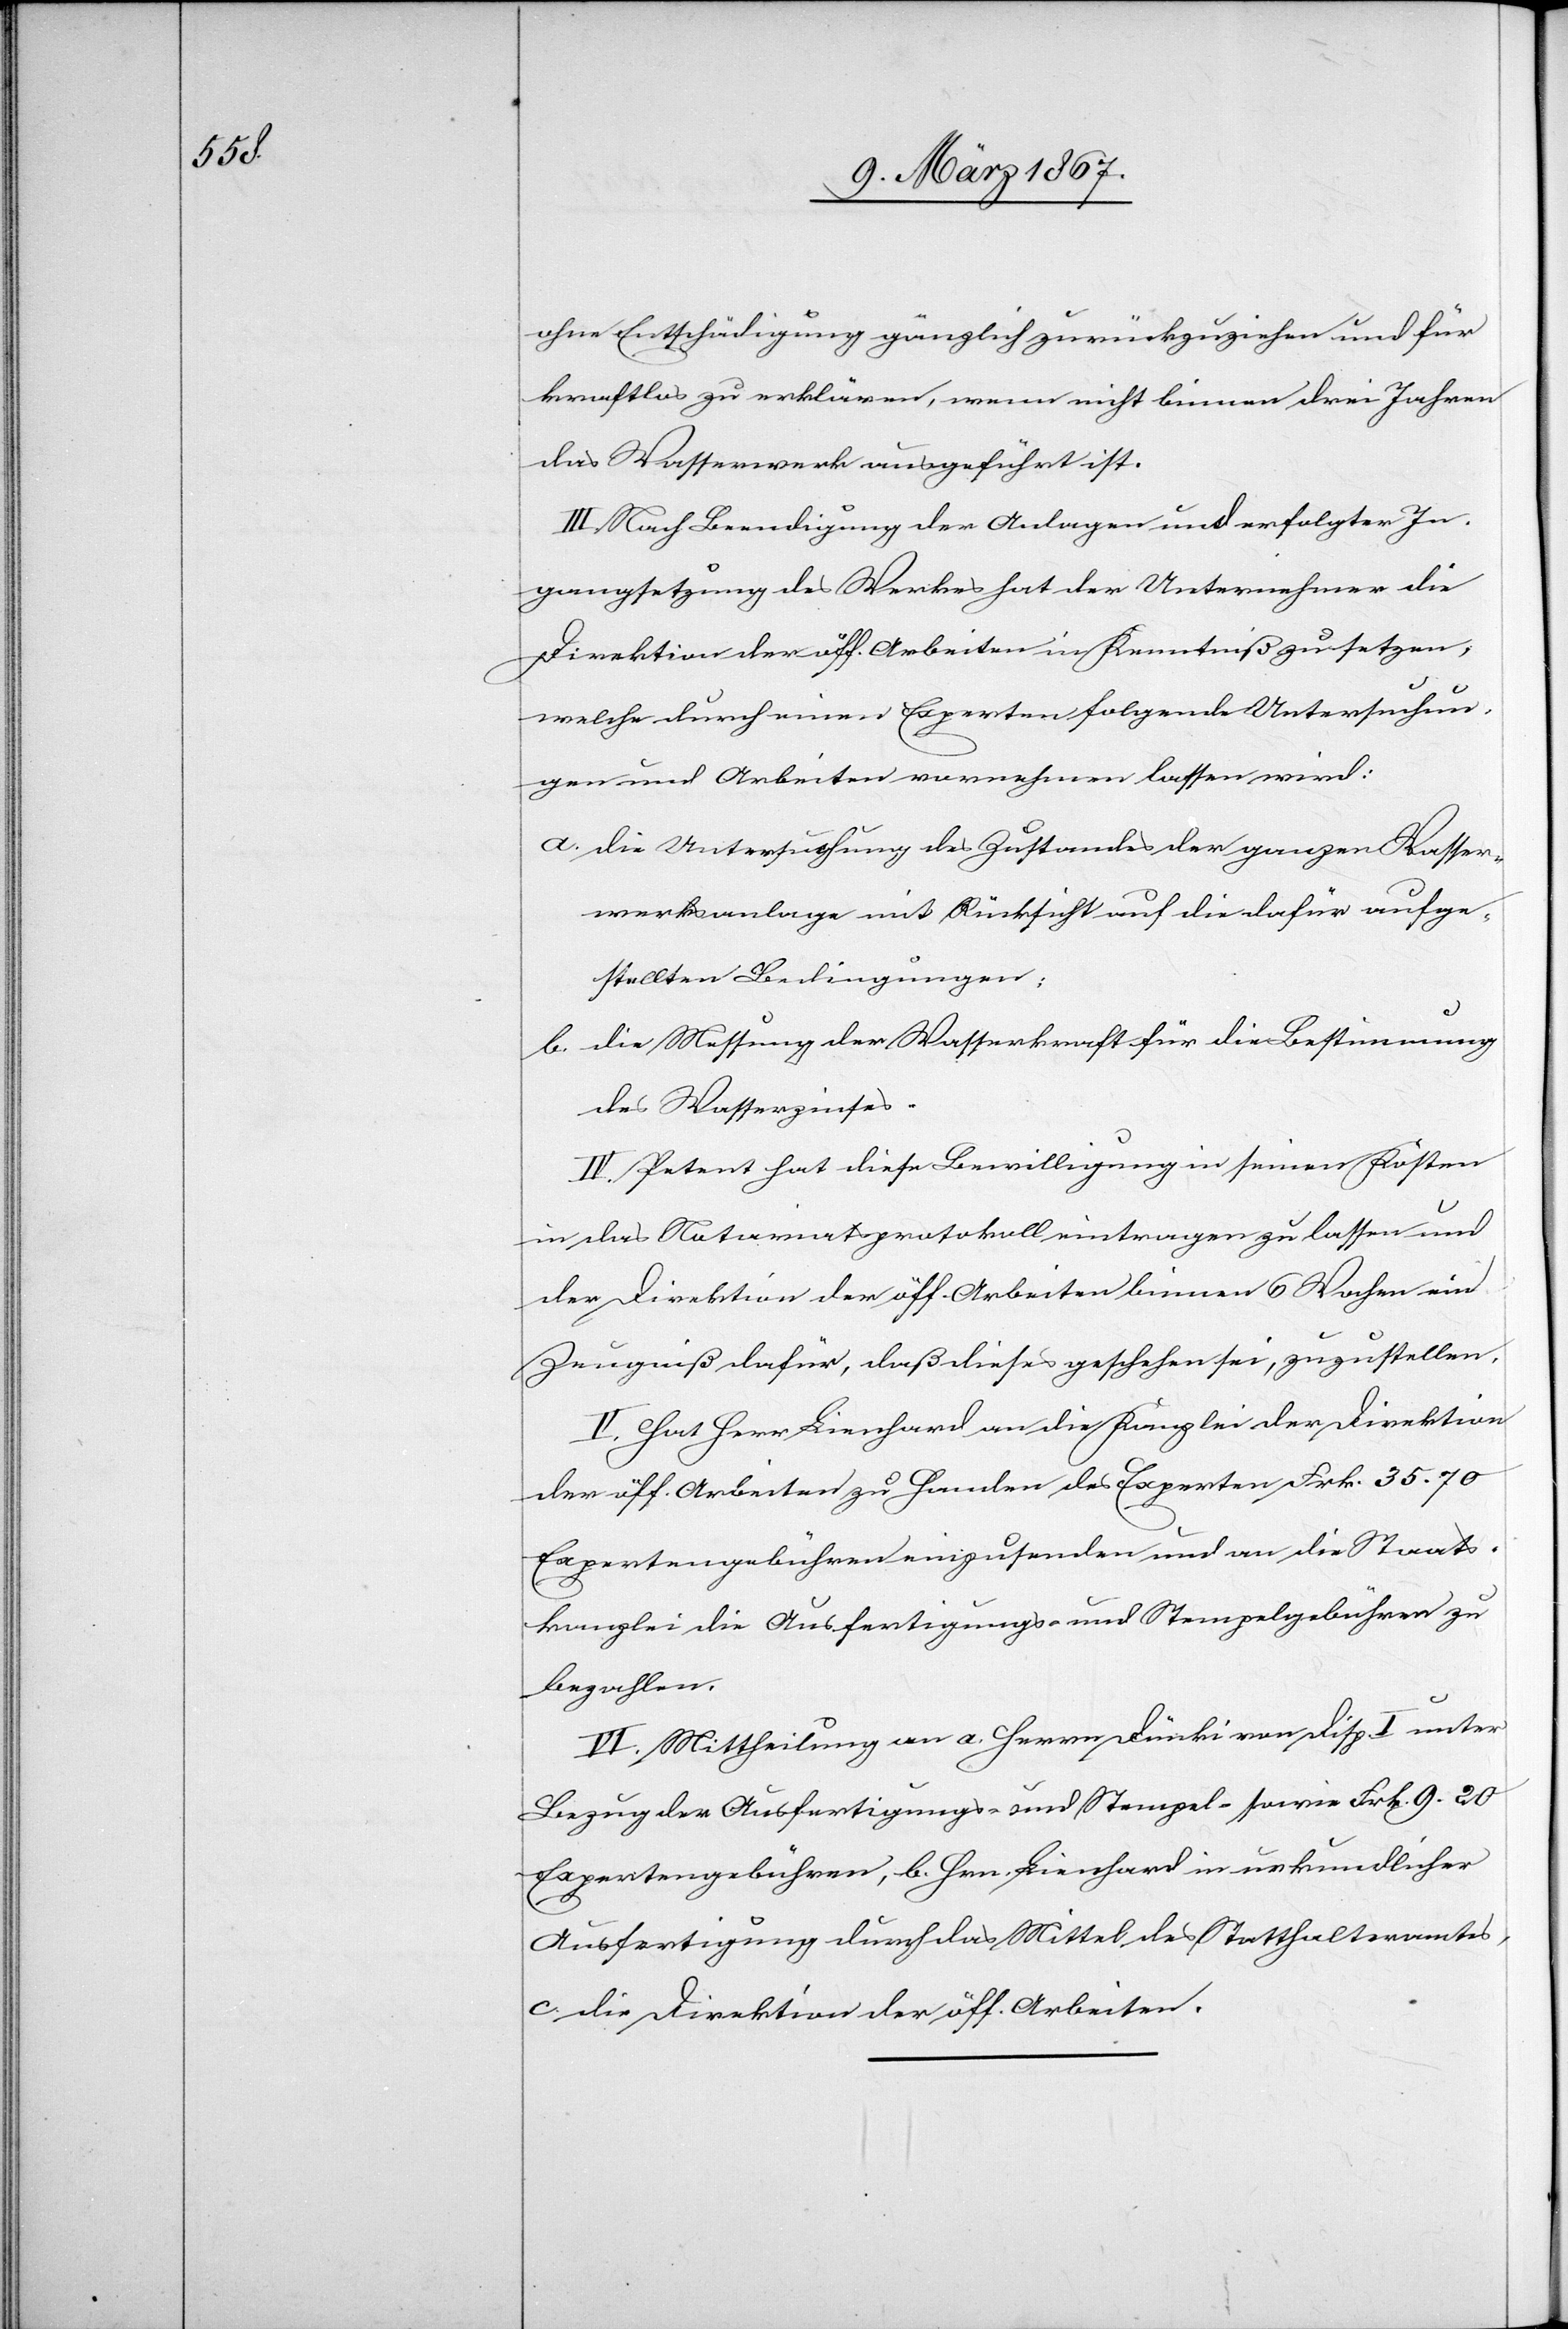
ohne Entschädigung gänzlich zurückzuziehen und für
kraftlos zu erklären, wenn nicht binnen drei Jahren
das Wasserwerk ausgeführt ist.
III. Nach Beendigung der Anlagen und erfolgter In¬
gangsetzung des Werkes hat der Unternehmer die
Direktion der öff. Arbeiten in Kenntniß zu setzen,
welche durch einen Experten folgende Untersuchun¬
gen und Arbeiten vornehmen lassen wird:
a. 	die Untersuchung des Zustandes der ganzen Wasser¬
werksanlage mit Rücksicht auf die dafür aufge¬
stellten Bedingungen;
b. 	die Messung der Wasserkraft für die Bestimmung
des Wasserzinses.
IV. Petent hat diese Bewilligung in seinen Kosten
in das Notariatsprotokoll eintragen zu lassen und
der Direktion der öff. Arbeiten binnen 6 Wochen ein
Zeugniß dafür, daß dieses geschehen sei, zuzustellen.
V. Hat Herr Lienhard an die Kanzlei der Direktion
der öff. Arbeiten zu Handen des Experten Frk. 35.70
Expertengebühren einzusenden und an die Staats¬
kanzlei die Ausfertigungs- und Stempelgebühren zu
bezahlen.
VI. Mittheilung an a. Herrn Dünki von Disp I unter
Bezug der Ausfertigungs- und Stempel- sowie Frk. 9.20
Expertengebühren, b. Hrn. Lienhard in urkundlicher
Ausfertigung durch das Mittel des Statthalteramtes,
c. die Direktion der öff. Arbeiten.